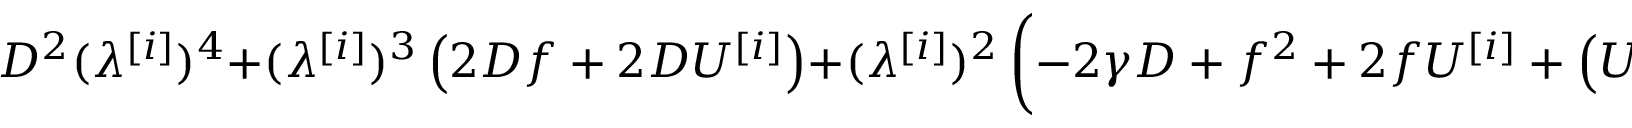
D ^ { 2 } ( \lambda ^ { [ i ] } ) ^ { 4 } + ( \lambda ^ { [ i ] } ) ^ { 3 } \left( 2 D f + 2 D U ^ { [ i ] } \right) + ( \lambda ^ { [ i ] } ) ^ { 2 } \left( - 2 \gamma D + f ^ { 2 } + 2 f U ^ { [ i ] } + \left( U ^ { [ i ] } \right) ^ { 2 } - v ^ { 2 } \right) - \lambda ^ { [ i ] } \left( 2 \gamma f + 2 \gamma U ^ { [ i ] } \right) = 0 .